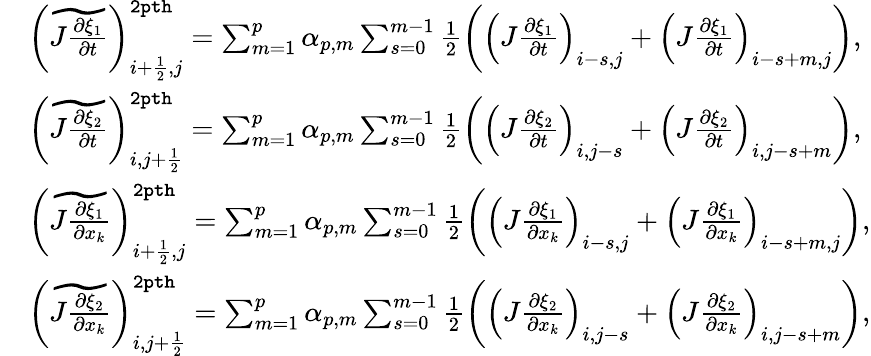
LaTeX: \begin{array}{rl}&{\left(\widetilde{J\frac{\partial\xi_{1}}{\partial t}}\right)_{i+\frac{1}{2},j}^{\tt 2pth}=\sum_{m=1}^{p}\alpha_{p,m}\sum_{s=0}^{m-1}\frac{1}{2}\left(\left(J\frac{\partial\xi_{1}}{\partial t}\right)_{i-s,j}+\left(J\frac{\partial\xi_{1}}{\partial t}\right)_{i-s+m,j}\right),}\\ &{\left(\widetilde{J\frac{\partial\xi_{2}}{\partial t}}\right)_{i,j+\frac{1}{2}}^{\tt 2pth}=\sum_{m=1}^{p}\alpha_{p,m}\sum_{s=0}^{m-1}\frac{1}{2}\left(\left(J\frac{\partial\xi_{2}}{\partial t}\right)_{i,j-s}+\left(J\frac{\partial\xi_{2}}{\partial t}\right)_{i,j-s+m}\right),}\\ &{\left(\widetilde{J\frac{\partial\xi_{1}}{\partial x_{k}}}\right)_{i+\frac{1}{2},j}^{{\tt 2pth}}=\sum_{m=1}^{p}\alpha_{p,m}\sum_{s=0}^{m-1}\frac{1}{2}\left(\left(J\frac{\partial\xi_{1}}{\partial x_{k}}\right)_{i-s,j}+\left(J\frac{\partial\xi_{1}}{\partial x_{k}}\right)_{i-s+m,j}\right),}\\ &{\left(\widetilde{J\frac{\partial\xi_{2}}{\partial x_{k}}}\right)_{i,j+\frac{1}{2}}^{{\tt 2pth}}=\sum_{m=1}^{p}\alpha_{p,m}\sum_{s=0}^{m-1}\frac{1}{2}\left(\left(J\frac{\partial\xi_{2}}{\partial x_{k}}\right)_{i,j-s}+\left(J\frac{\partial\xi_{2}}{\partial x_{k}}\right)_{i,j-s+m}\right),}\end{array}